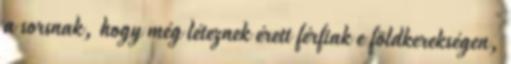
a sorsnak, hogy még léteznek érett férfiak e földkerekségen,